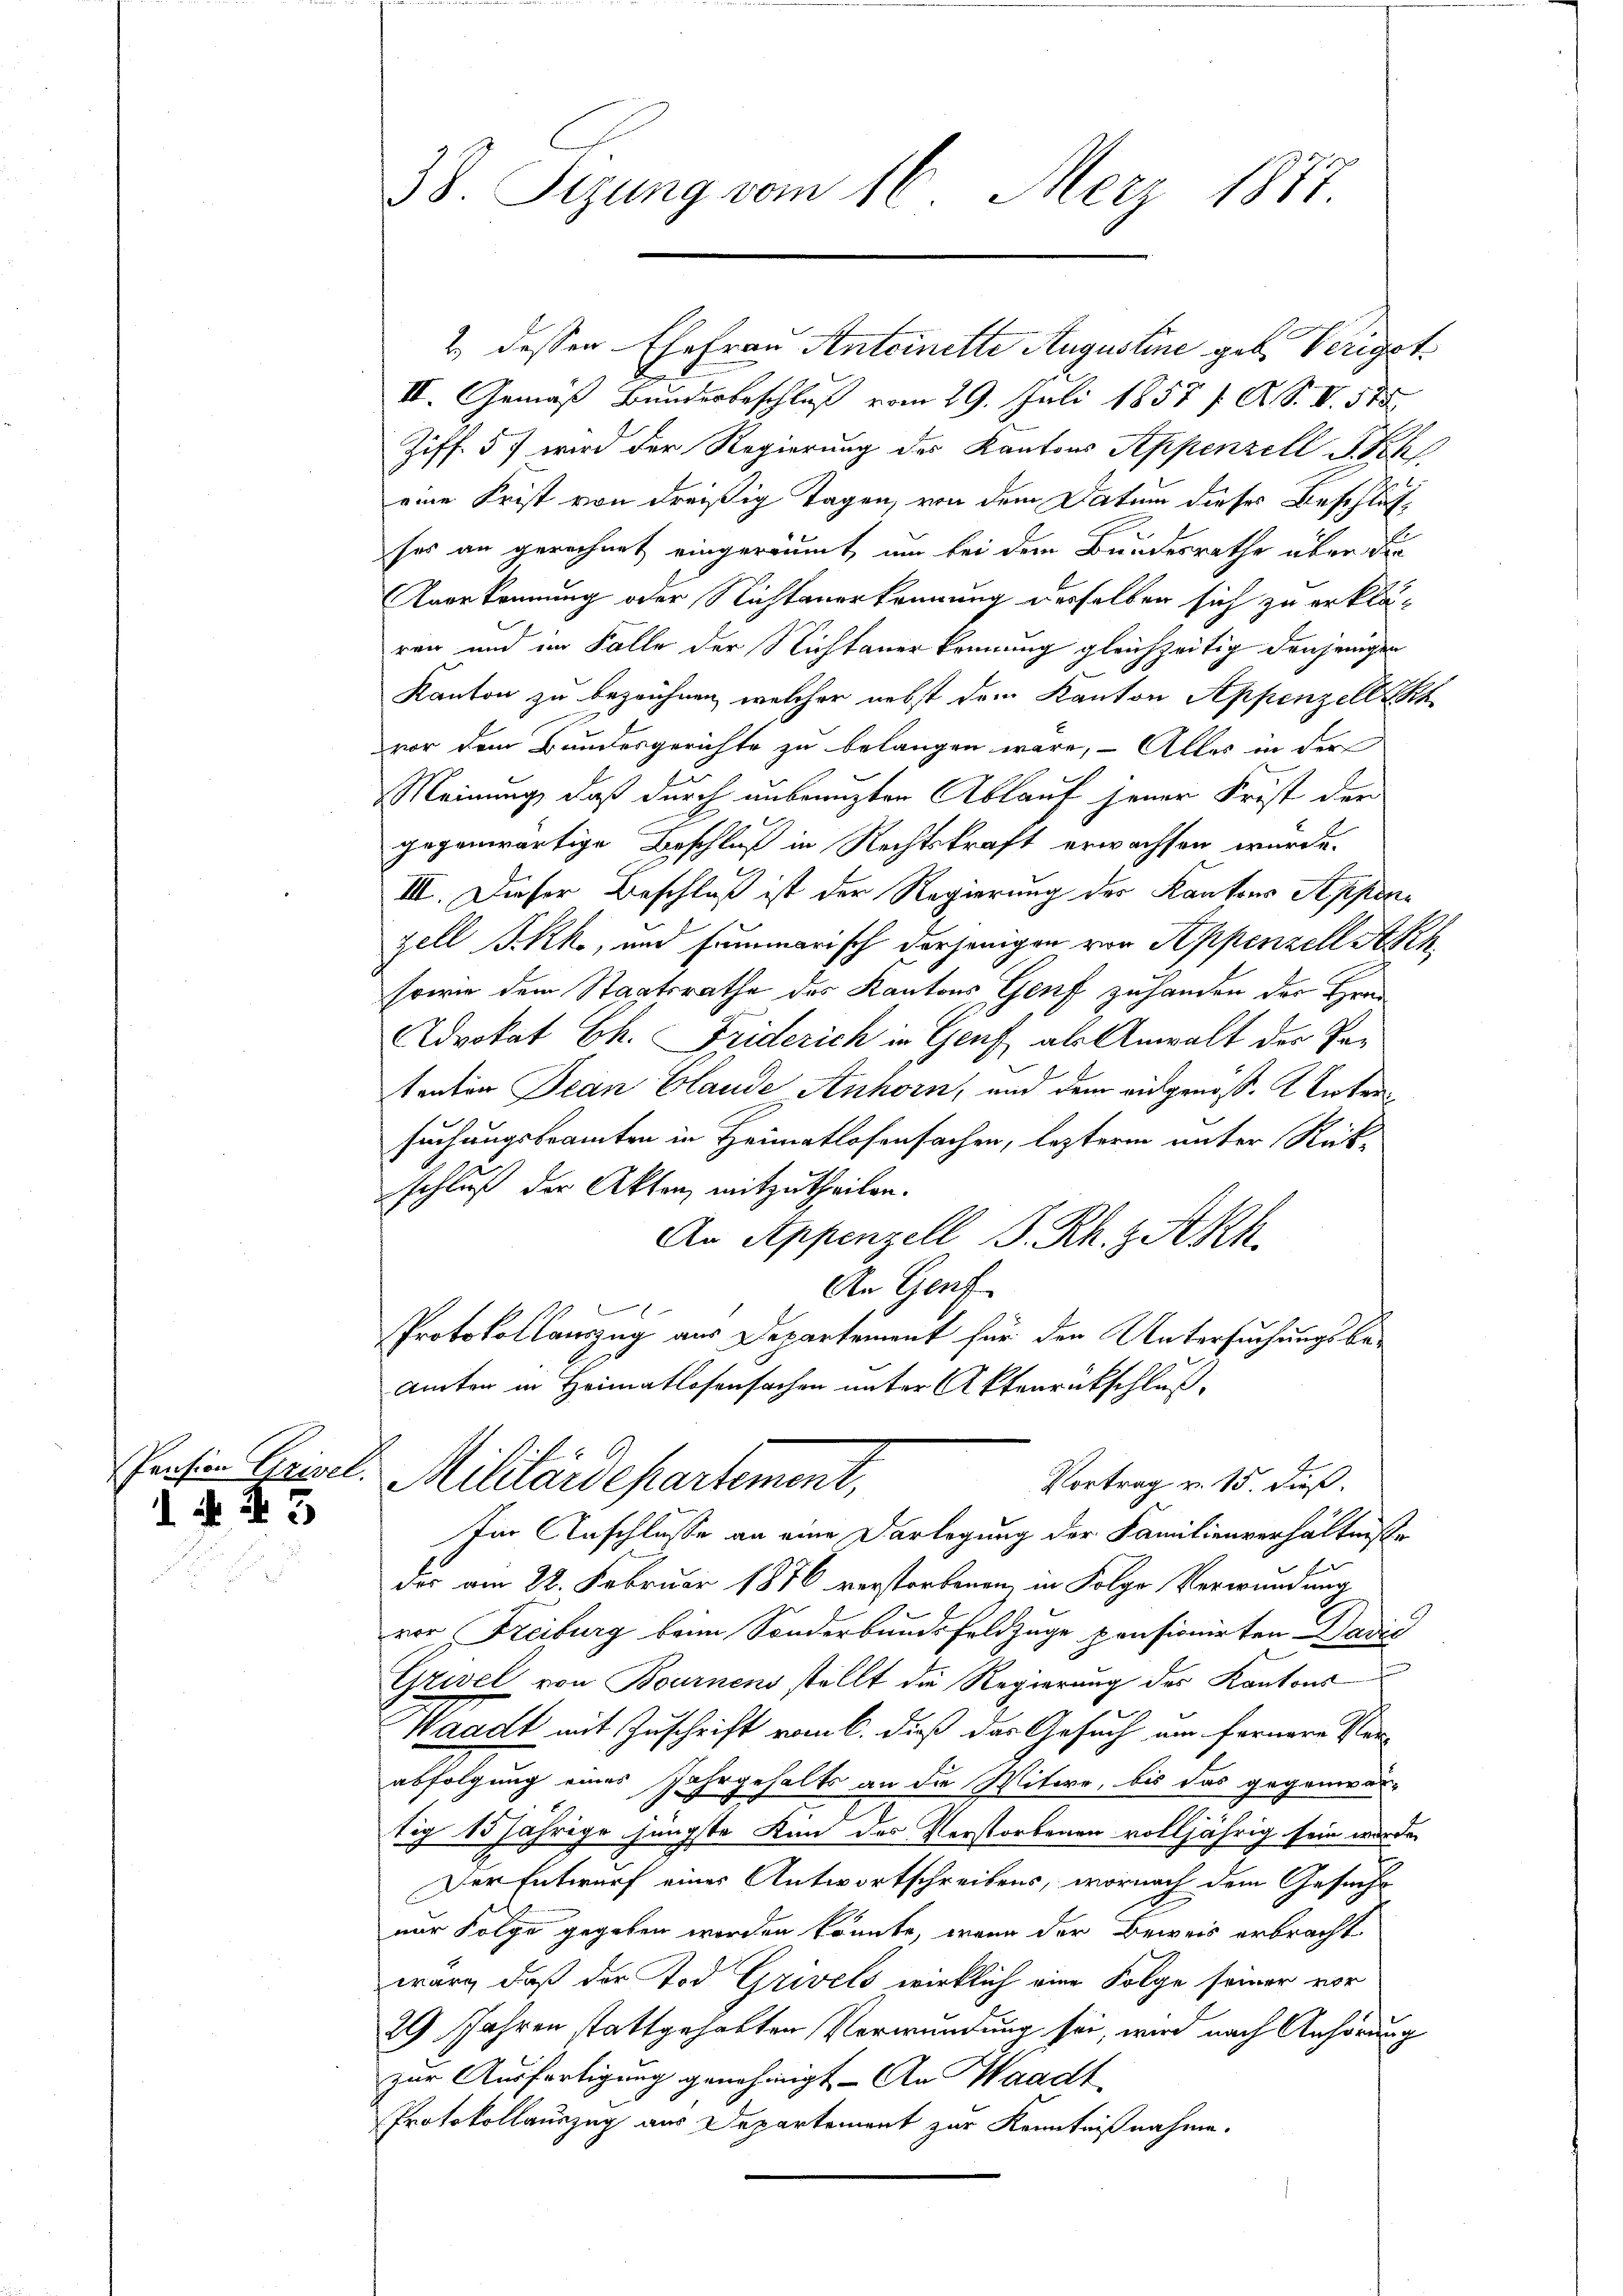
d N. 43

2 dessen Ehefrau Antrinette Augustine geb. Verigst
III. Gemäß Bunderbeschluß vom 29. Juli 1857 f. A. S. V. 31
Ziff. 5) wird der Regierung des Kantons Appenzell Sch
eine Frist von dreißig Tagen, von dem Datum dieses Beschlußses an gerechnet eingeräumt, um bei dem Bundesrathe über die
Anerkennung oder Nichtanerkennung derselben sich zu erklären und im Falle der Nichtanerkennung gleichzeitig denjenigen
Kanton zu bezeichnen, welcher nebst dem Kanton Appenzell h
vor dem Bundesgerichte zu belangen wäre, – Alles in der
Meinung, daß durch unbrauzten Ablauf jener Frist der
gegenwärtige Beschluß in Rechtskraft erwachsen wurde.
III. Dieser Beschluß ist der Regierung der Kantons Appenzell I.Rh., und summarisch derjenigen von Appenzell Ak
sowie dem Staatsrathe des Kantons Genf zuhanden der Hrn.
Advokat Ch. Friderich in Genf als Anwalt der Patanton Jean Claude Anhorn, und dem eidgenoß. Unter
suchungsbeamten in Heimatlosensachen, lezterm unter Rückschluß der Akten, mitzutheilen.
An Appenzell S. Rh. z Akh.
An Genf
Protokollauszug aus Departement für den Untersuchungsbe¬
Amten in Heimatlosenfachen unter Aktenratschluß,

38. Sizung vom 16. Merz 1877.

Im Anschlusse an eine Darlegung der Familienverhältnisse
f
der am 22. Februar 1876 verstorbenen in Folge Verwindung
vor Freiburg beim Sonderbundesfeldzuge pensionirten Dadić
Grivel von Bournens stellt die Regierung des Kantons
b
Waadt mit Zuschrift vom 6. dieß das Gesuch am fernere Ver-
abfolgung eines Jahrgehalts an die Witwe, bis das gegenwär-
.
tig 15 jährige jüngste Kan des Verstorbenen volljährig sein wurde,
Der Entwurf eines Antwortschreibens, wornach dem Gesuch
nur Folge gegeben worden könnte, wenn der Beweis erbracht
wäre, daß der Tod Grivels wirklich eine Folge seiner vor
29 Jahren stattgehabten Verwundung sei, wird nach Anhörung
zur Ausfertigung genehmigt - An Waadt
Protokollauszug aus Departement zur Kenntnißnahme.

Pension Grisl. Militärdepartement,
Vortrag v. 15. dieß.